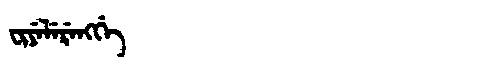
Manchu: ᠸᡳᠶᡝᠯᡝᡵᡝᠩᡤᡝ
Romanization: FIYELERENGGE